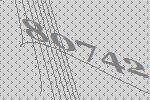
80742